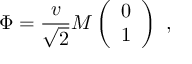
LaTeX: \Phi = \frac { v } { \sqrt { 2 } } M \left( \begin{array} { c } { { 0 } } \\ { { 1 } } \end{array} \right) \ ,